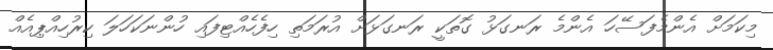
މިކަމަށް އެންމެފަސޭހަ އެންމެ ރަނގަޅު ގޮތަކީ ރަނގަޅަށް އުރަމަތި ހިފެހެއްޓިފައި ހުންނަކަހަލަ ކިރުހިއްޕިއެއް